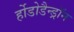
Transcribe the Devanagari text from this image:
र्होडोडैन्ड्रॉन